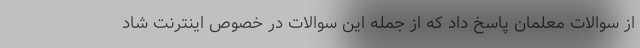
از سوالات معلمان پاسخ داد که از جمله این سوالات در خصوص اینترنت شاد